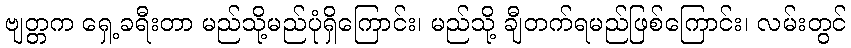
ဗျတ္တက ရှေ့ခရီးတာ မည်သို့မည်ပုံရှိကြောင်း၊ မည်သို့ ချီတက်ရမည်ဖြစ်ကြောင်း၊ လမ်းတွင်